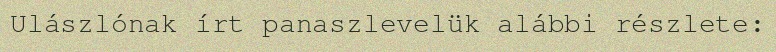
Ulászlónak írt panaszlevelük alábbi részlete: